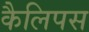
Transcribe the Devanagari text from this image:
कैलिपस